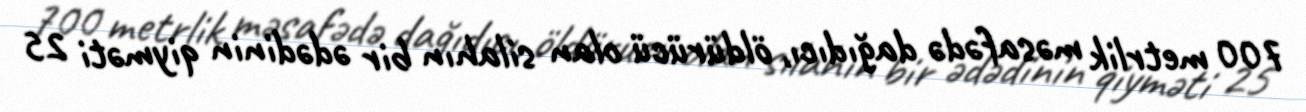
700 metrlik məsafədə dağıdıcı, öldürücü olan silahın bir ədədinin qiyməti 25